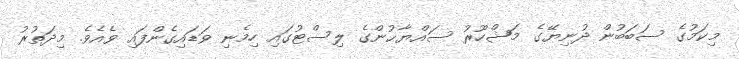
މިކަމުގެ ސަބަބުން ދުނިޔޭގެ މަޝްހޫރު ސައްޔާޙުންގެ ލިސްޓުގައި ހިމެނި ވަޑައިގެންފައި ވެއެވެ. މިދަތުރު